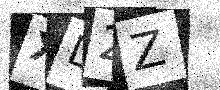
Text: XD2Z